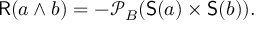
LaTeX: { \mathsf { R } } ( a \wedge b ) = - { \mathcal { P } } _ { B } ( { \mathsf { S } } ( a ) \times { \mathsf { S } } ( b ) ) .